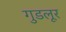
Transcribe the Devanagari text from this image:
गुडलूर